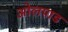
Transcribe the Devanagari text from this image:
ओलपाड